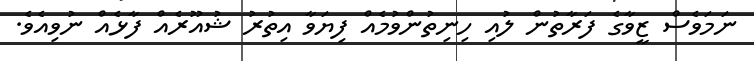
ނަމަވެސް ޒީވާގެ ފަރާތުން ލުއި ހިނިތުންވުމެއް ފިޔަވާ އިތުރު ޝުއޫރެއް ފާޅެއް ނުވިއެވެ.